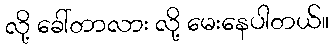
လို့ ခေါ်တာလား လို့ မေးနေပါတယ်။